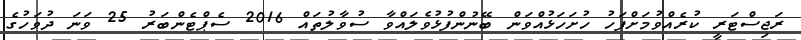
ރަޖިސްޓަރީ ކުރެއްވުމަށްފަހު ހުށަހަޅުއްވަން ބޭނުންފުޅުވެލައްވާ ސުވާލުތައް 2016 ސެޕްޓެންބަރު 25 ވަނަ ދުވަހުގެ